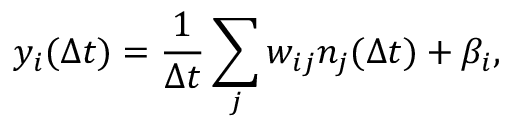
y _ { i } ( \Delta t ) = \frac { 1 } { \Delta t } \sum _ { j } w _ { i j } n _ { j } ( \Delta t ) + \beta _ { i } ,